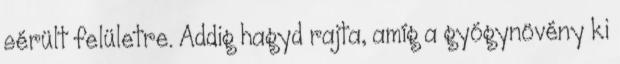
sérült felületre. Addig hagyd rajta, amíg a gyógynövény ki